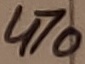
Text: 470